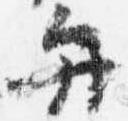
弁